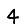
Digit: 4